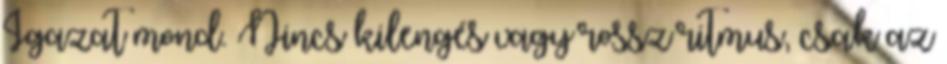
Igazat mond. Nincs kilengés vagy rossz ritmus, csak az